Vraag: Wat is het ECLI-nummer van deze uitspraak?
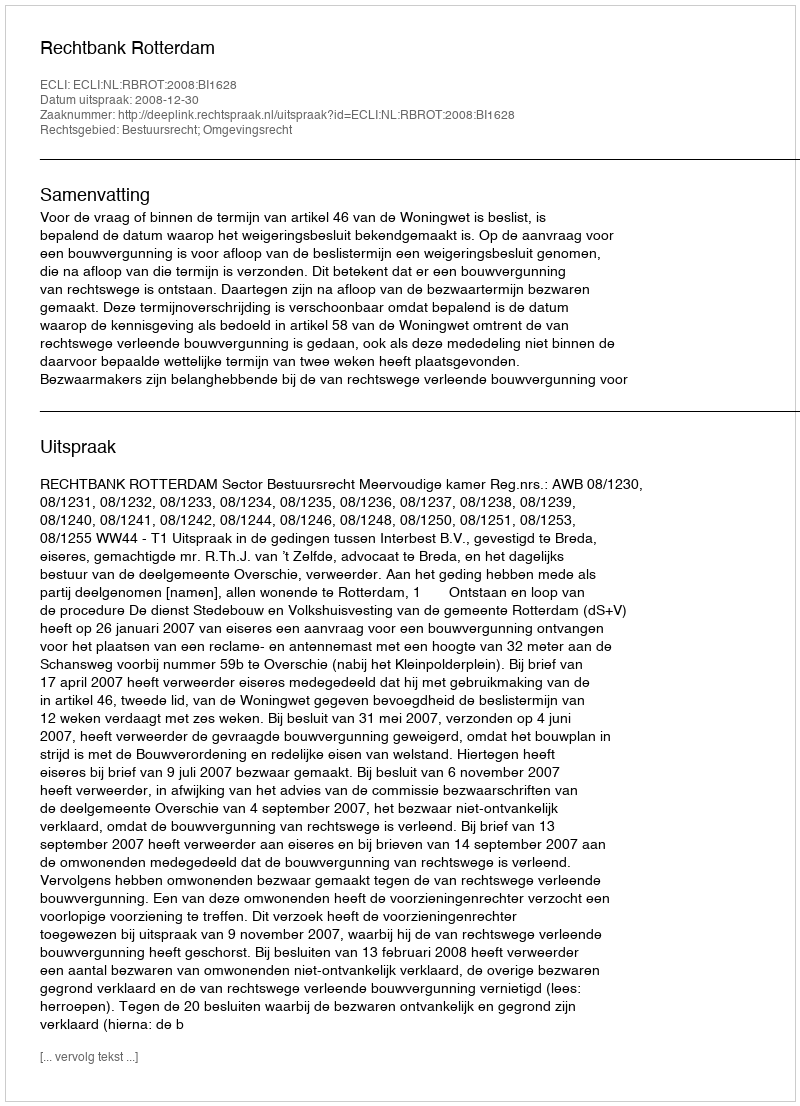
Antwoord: ECLI:NL:RBROT:2008:BI1628